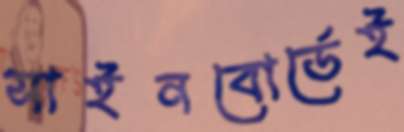
সাইনবোর্ডেই